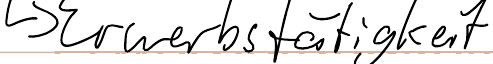
-> Erwerbstätigkeit